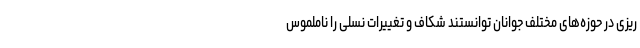
ریزی در حوزه‌های مختلف جوانان توانستند شکاف و تغییرات نسلی را ناملموس